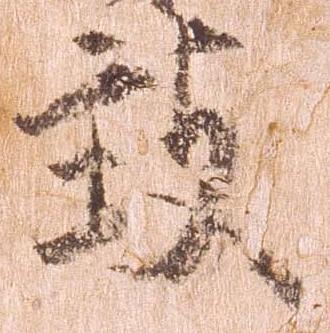
致